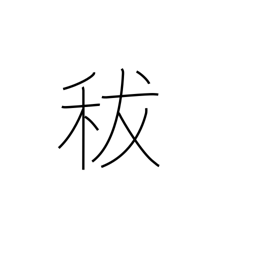
Meaning: damaged grain